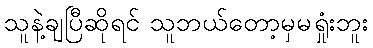
သူနဲ့ချပြီဆိုရင် သူဘယ်တော့မှမရှုံးဘူး